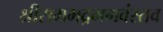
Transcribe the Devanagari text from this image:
श्रीरामभद्रभगवंस्तव